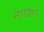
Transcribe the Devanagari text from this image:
सारिसा